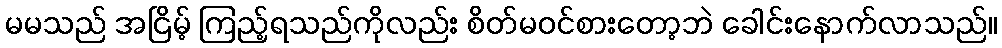
မမသည် အငြိမ့် ကြည့်ရသည်ကိုလည်း စိတ်မဝင်စားတော့ဘဲ ခေါင်းနောက်လာသည်။